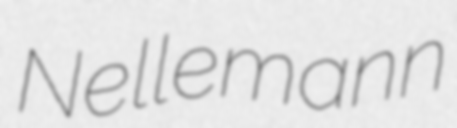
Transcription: Nellemann